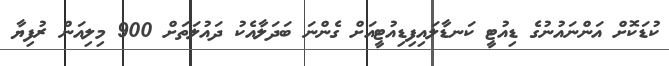
ކުޑަކޮށް އަންނައުނުގެ ޑިއުޓީ ކަނޑާލައިފިޑިއުޓީއަށް ގެންނަ ބަދަލާއެކު ދައުލަތަށް 900 މިލިއަން ރުފިޔާ